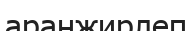
аранжирлеп